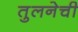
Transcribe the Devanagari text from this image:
तुलनेची